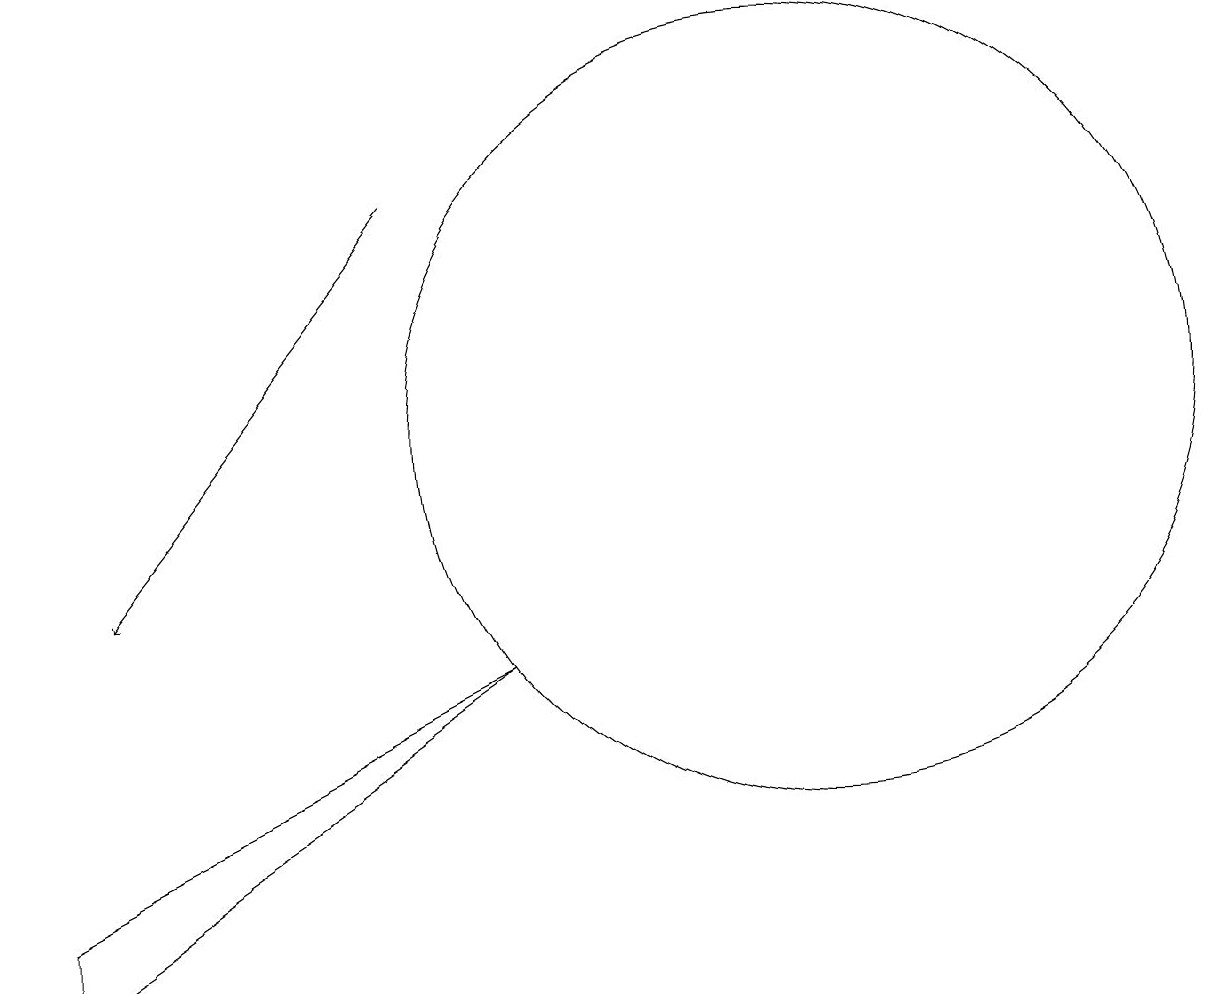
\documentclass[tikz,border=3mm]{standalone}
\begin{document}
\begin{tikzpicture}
\draw (7,9) -- (1,6) -- (1,5) -- cycle;
\draw[->] (6,15) -- (2,10);
\draw (11,12) circle (5);
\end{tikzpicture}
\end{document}